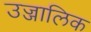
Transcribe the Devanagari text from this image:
उज्जालिक